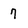
Character: 7